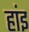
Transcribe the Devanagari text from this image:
हांइ